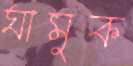
ঘামুক